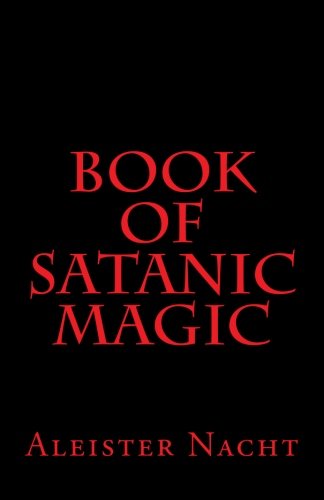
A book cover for Book of Satanic Magic; Aleister Nacht; Religion & Spirituality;